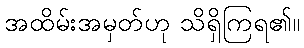
အထိမ်းအမှတ်ဟု သိရှိကြရ၏။